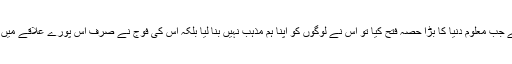
چنانچہ سکندر اعظم نے جب معلوم دنیا کا بڑا حصہ فتح کیا تو اس نے لوگوں کو اپنا ہم مذہب نہیں بنا لیا بلکہ اس کی فوج نے صرف اس پورے علاقے میں اپنے بچے چھوڑ دیے۔